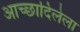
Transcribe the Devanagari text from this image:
आच्छादिलेला